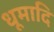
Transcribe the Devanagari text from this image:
धूमादि